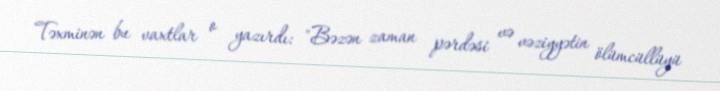
Təxminən bu vaxtlar o yazırdı: "Bəzən zaman pərdəsi və vəziyyətin ölümcüllüyü